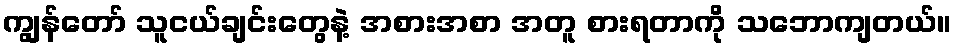
ကျွန်တော် သူငယ်ချင်းတွေနဲ့ အစားအစာ အတူ စားရတာကို သဘောကျတယ်။